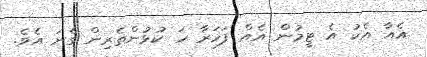
އެއާ އެކު އެ ޓީމުން އެއް ފަހަރާ ހަ ކުޅުންތެރިން ގެނަ އެވެ.